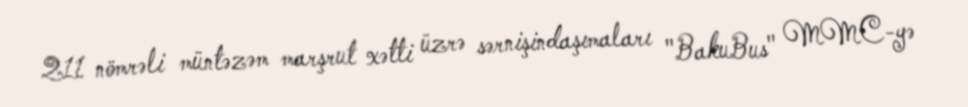
211 nömrəli müntəzəm marşrut xətti üzrə sərnişindaşımaları "BakuBus" MMC-yə